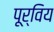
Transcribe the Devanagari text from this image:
पूर्विय